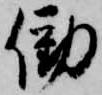
働